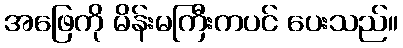
အဖြေကို မိန်းမကြီးကပင် ပေးသည်။